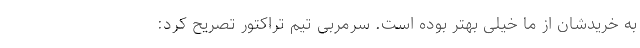
به خریدشان از ما خیلی بهتر بوده است. سرمربی تیم تراکتور تصریح کرد: